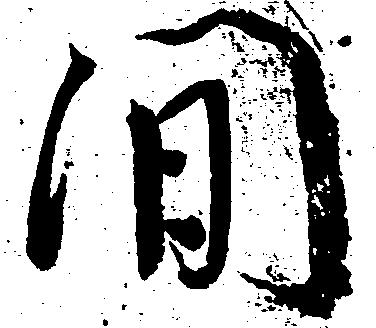
間